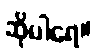
ဆိုပါရေ။